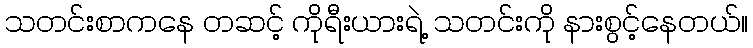
သတင်းစာကနေ တဆင့် ကိုရီးယားရဲ့ သတင်းကို နားစွင့်နေတယ်။